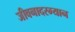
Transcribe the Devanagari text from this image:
जीवनादरम्यान